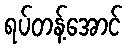
ရပ်တန့်အောင်